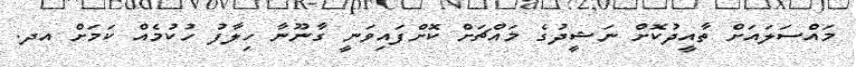
މައްސަލައަށް ތާއީދުކޮށް ނަޝީދުގެ މައްޗަށް ކޮށްފައިވަނީ ގާނޫނާ ހިލާފު ހުކުމެއް ކަމަށް އދ.